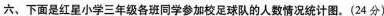
六、下面是红星小学三年级各班同学参加校足球队的人数情况统计图。(24分)